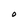
Character: o